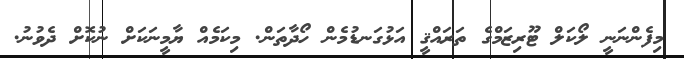
މިފެންނަނީ ލޯކަލް ޓޫރިޒަމްގެ ތަރައްޤީ އަޅުގަނޑުމެން ހޯދާތަން. މިކަމެއް ޔާމީނަކަށް ނުކޮށް ދެވުނު.